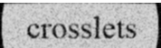
crosslets